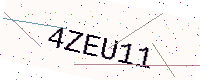
Text: 4ZEU11